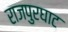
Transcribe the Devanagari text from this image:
राजपुरघाट